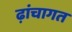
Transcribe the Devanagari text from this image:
ढ़ांचागत